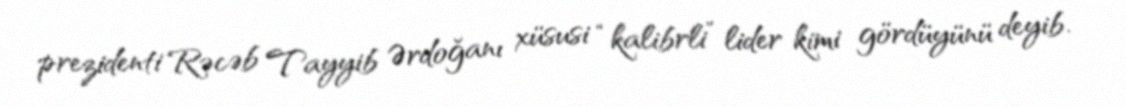
prezidenti Rəcəb Tayyib Ərdoğanı xüsusi “kalibrli” lider kimi gördüyünü deyib.